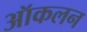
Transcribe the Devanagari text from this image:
ऑकलन